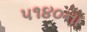
૫૧૪૦ના